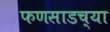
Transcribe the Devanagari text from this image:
फणसाडच्या